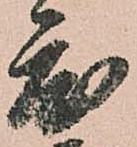
度